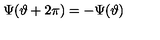
\Psi ( \vartheta + 2 \pi ) = - \Psi ( \vartheta )